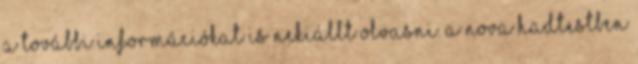
A további információkat is nekiállt olvasni. A Nova Hadtestben